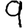
Digit: 9